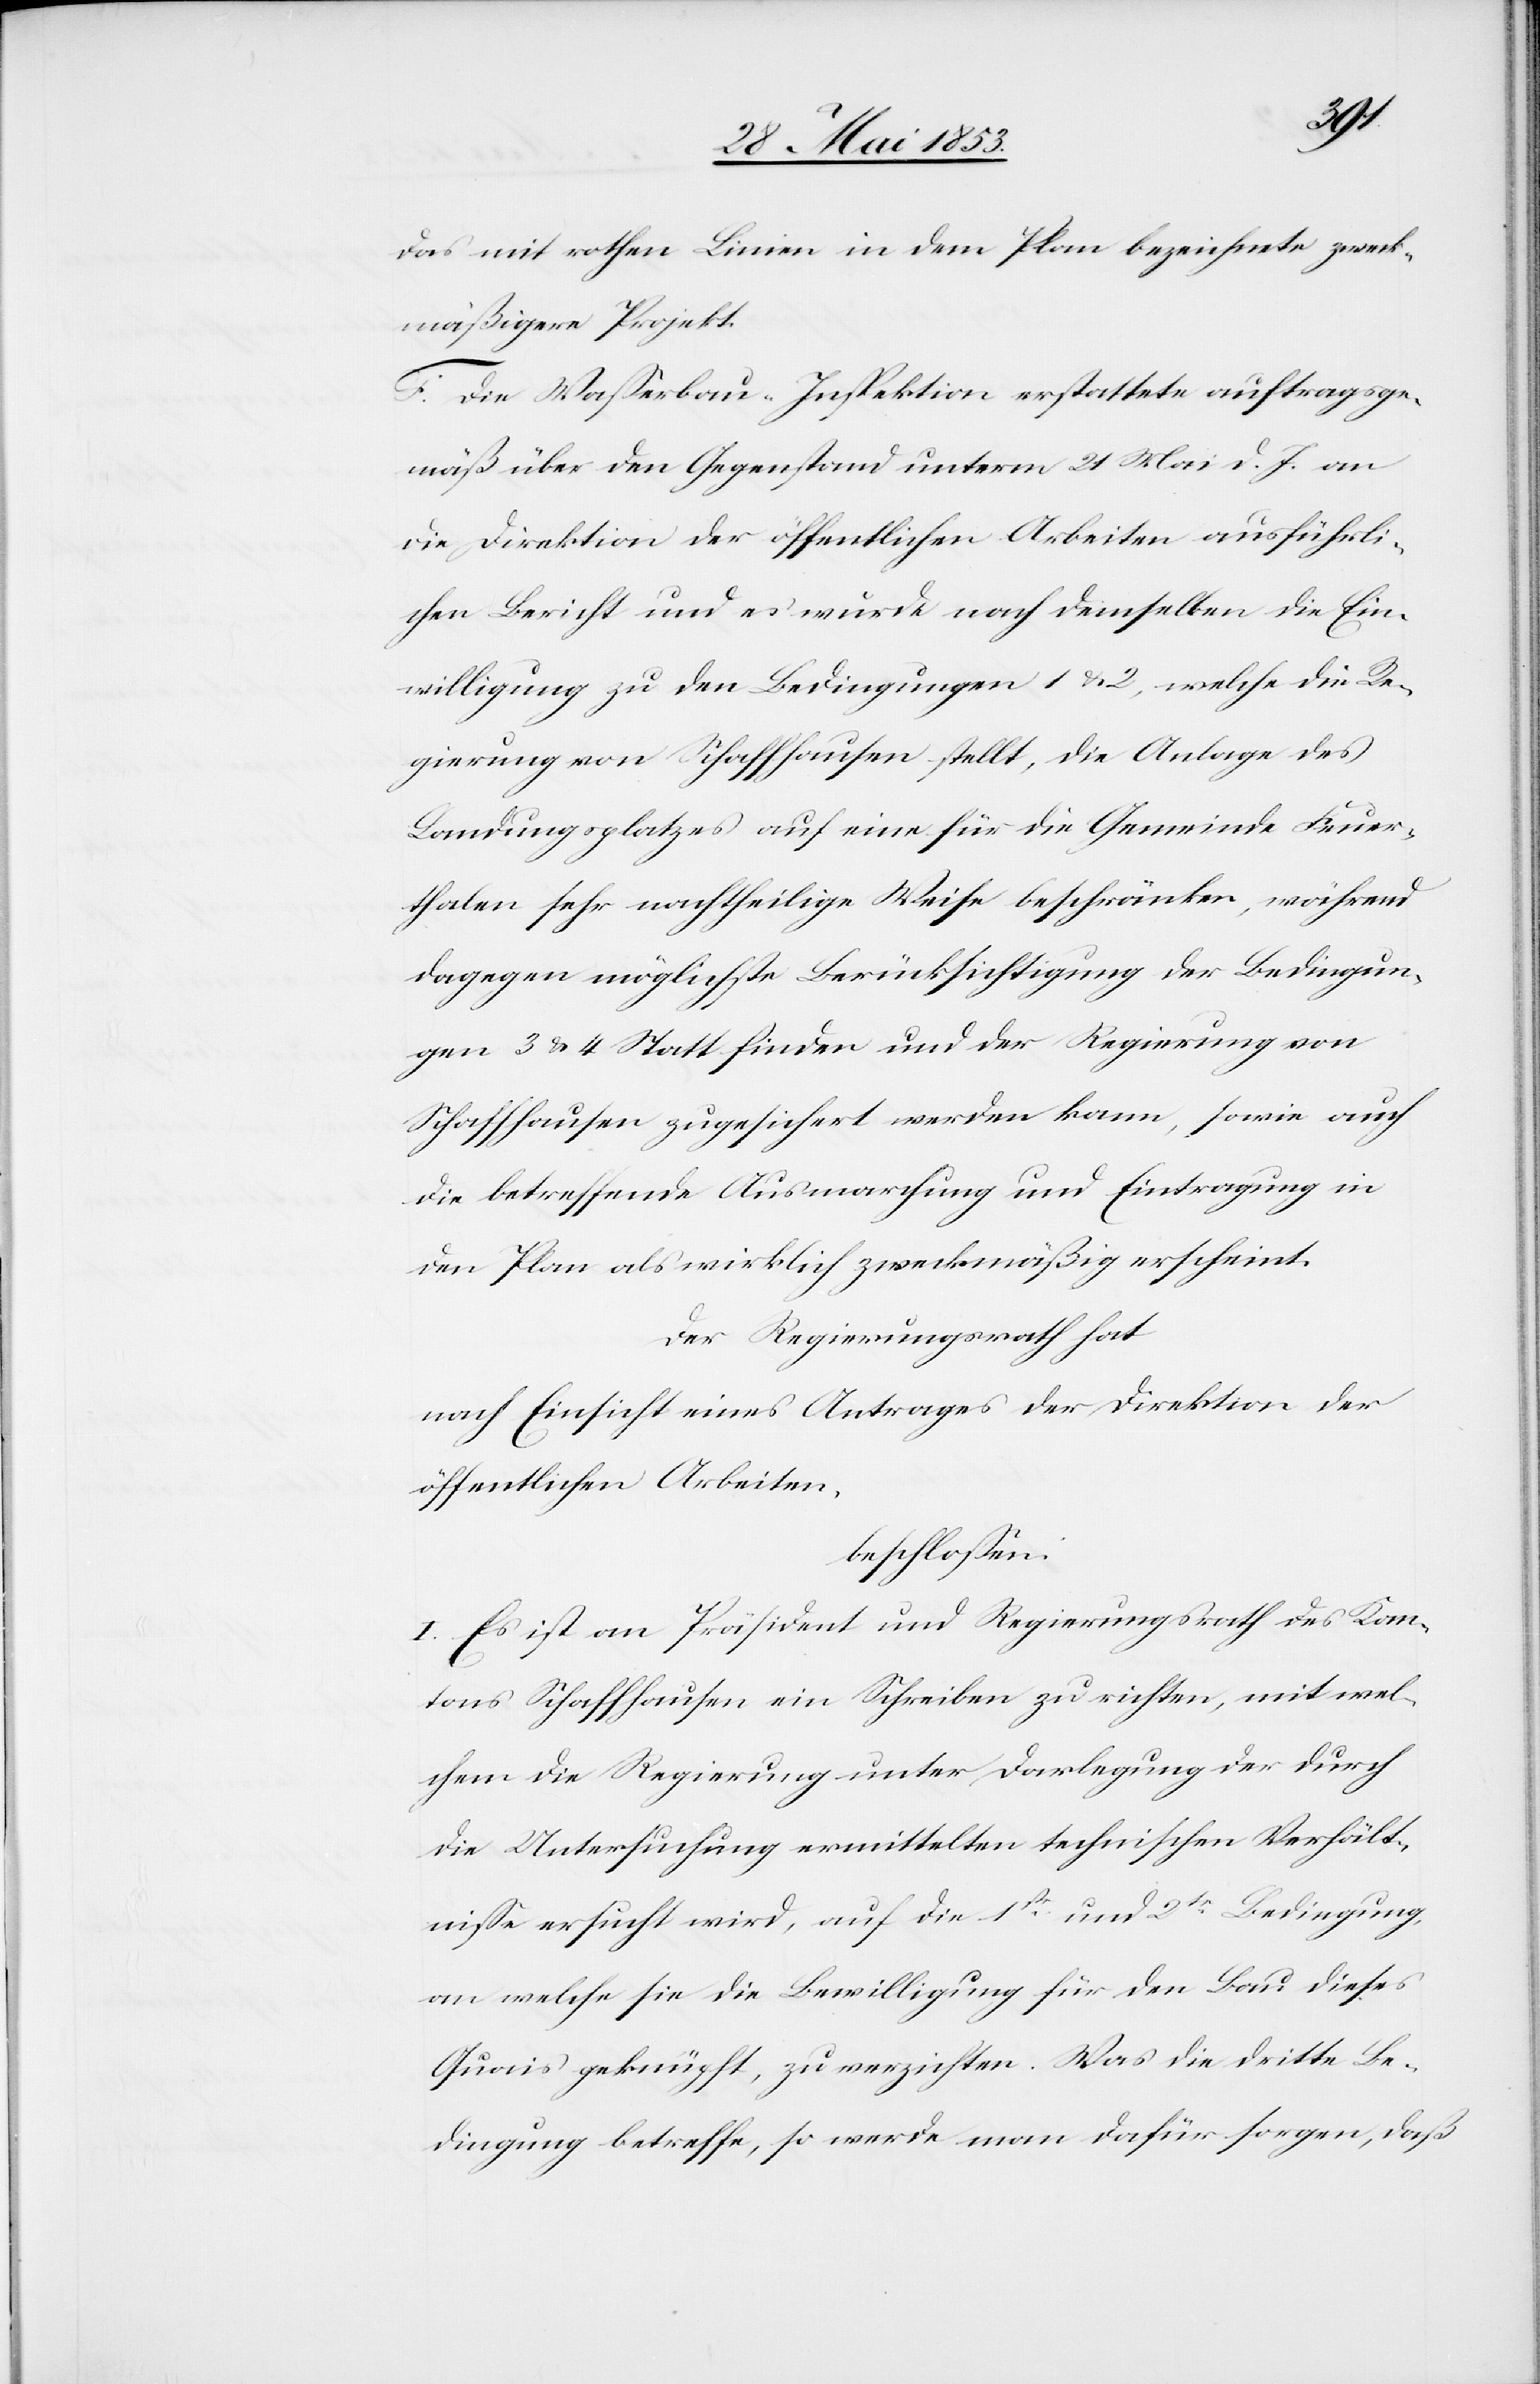
das mit rothen Linien in dem Plan bezeichnete zweck¬
mäßigere Projekt.
F. Die Waßerbau-Inspektion erstattete auftragsge¬
mäß über den Gegenstand unter 21 Mai d. J. an
die Direktion der öffentlichen Arbeiten ausführli¬
chen Bericht und es wurde nach demselben die Ein¬
willigung zu den Bedingungen 1 u. 2, welche die Re¬
gierung von Schaffhausen stellt, die Anlage des
Landungsgesetzes auf eine für die Gemeinde Feuer¬
thalen sehr nachtheilige Weise beschränken, während
dagegen möglichste Berücksichtigung der Bedingun¬
gen 3 u. 4 Statt finden und der Regierung von
Schaffhausen zugesichert werden kann, sowie auch
die betreffende Ausmarchung und Eintragung in
den Plan als wirklich zweckmäßig erscheint.
Der Regierungsrath hat
nach Einsicht eines Antrages der Direktion der
öffentlichen Arbeiten,
beschloßen:
I. Es ist an Präsident und Regierungsrath des Kan¬
tons Schaffhausen ein Schreiben zu richten, mit wel¬
chem die Regierung unter Darlegung der durch
die Untersuchung ermittelten technischen Verhält¬
niße ersucht wird, auf die 1ste. und 2te. Bedingung,
an welche sie die Bewilligung für den Bau dieses
Quais beknüpft, zu verzichten. Was die dritte Be¬
dingung betreffe, so werde man dafür sorgen, daß